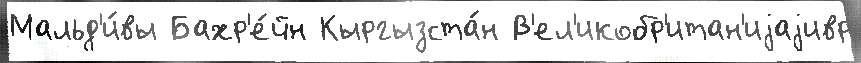
Мальд'и́вы Бахр'е́йн Кыргызста́н В'ел'икобр'итан'иjаjивр